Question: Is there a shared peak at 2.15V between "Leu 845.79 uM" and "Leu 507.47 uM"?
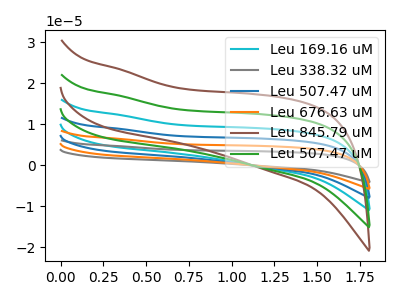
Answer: <think>The cyan curve "Leu 169.16 uM" has no peaks. The gray curve "Leu 338.32 uM" has no peaks. The blue curve "Leu 507.47 uM" has no peaks. The orange curve "Leu 676.63 uM" has no peaks. The brown curve "Leu 845.79 uM" has no peaks. The green curve "Leu 507.47 uM" has no peaks.</think>
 <answer>No, "Leu 845.79 uM" and "Leu 507.47 uM" dont share a peak at 2.15V.</answer>
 <eval>mismatch</eval>